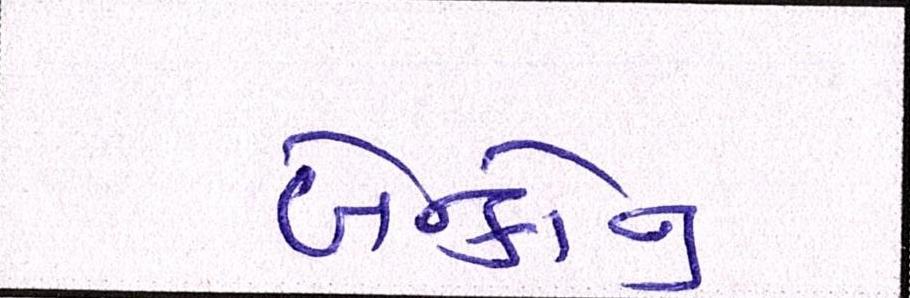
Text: બેન્કોનું